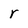
Character: r